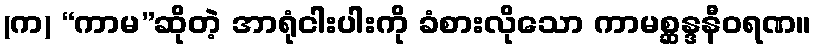
(က) “ကာမ”ဆိုတဲ့ အာရုံငါးပါးကို ခံစားလိုသော ကာမစ္ဆန္ဒနီဝရဏ။